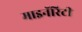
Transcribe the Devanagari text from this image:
माइनॅरिटी